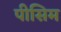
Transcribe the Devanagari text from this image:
पीसिम